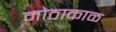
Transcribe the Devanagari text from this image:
मोठाकाळ